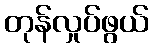
တုန်လှုပ်ဖွယ်